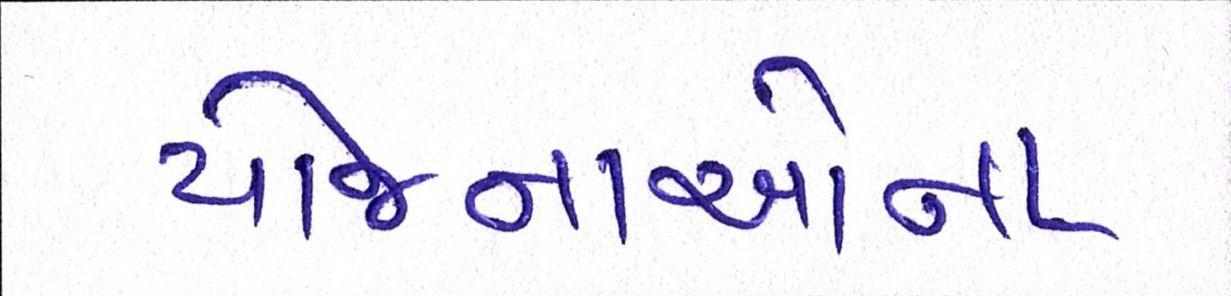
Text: યોજનાઓના